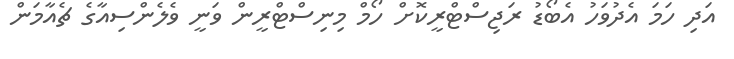
އަދި ހަމަ އެދުވަހު އެބޯޑު ރަޖިސްޓްރީކޮށް ހޯމް މިނިސްޓްރީން ވަނީ ވެލެންސިއާގެ ޗެއާމަން